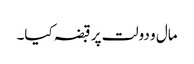
مال و دولت پر قبضہ کیا۔